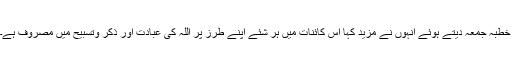
خطبہ جمعہ دیتے ہوئے انہوں نے مزید کہا اس کائنات میں ہر شئے اپنے طرز پر اللہ کی عبادت اور ذکر وتسبیح میں مصروف ہے۔